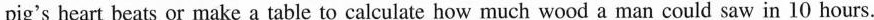
pig's heart beats or make a table to calculate how much wood a man could saw in 10 hours.